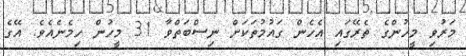
މަރުވި މީހުންގެ ތެރޭގައި އެހެން ގައުމުތަކަށް ނިސްބަތްވާ 31 މީހުން ހިމެނެއެވެ. އޭގެ